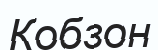
Кобзон